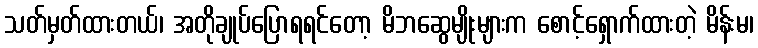
သတ်မှတ်ထားတယ်၊ အတိုချုပ်ပြောရရင်တော့ မိဘဆွေမျိုးများက စောင့်ရှောက်ထားတဲ့ မိန်းမ၊